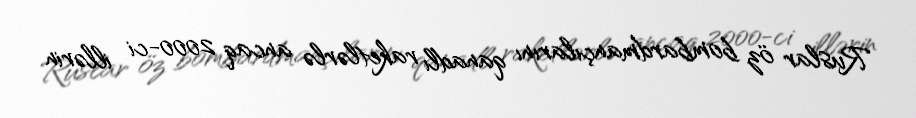
Ruslar öz bombardmançılarını qanadlı raketlərlə ancaq 2000-ci illərin